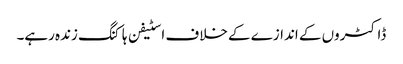
ڈاکٹروں کے اندازے کے خلاف اسٹیفن ہاکنگ زندہ رہے۔